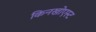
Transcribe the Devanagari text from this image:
किनखोएस्ट